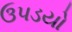
ઉપડયો